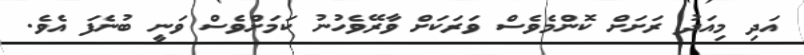
އަދި މިއަދު ރަށަށް ކޮންމެވެސް ވަރަކަށް ވާރޭވެހުނު ކަމަށްވެސް ވަނީ ބުނެފަ އެވެ.